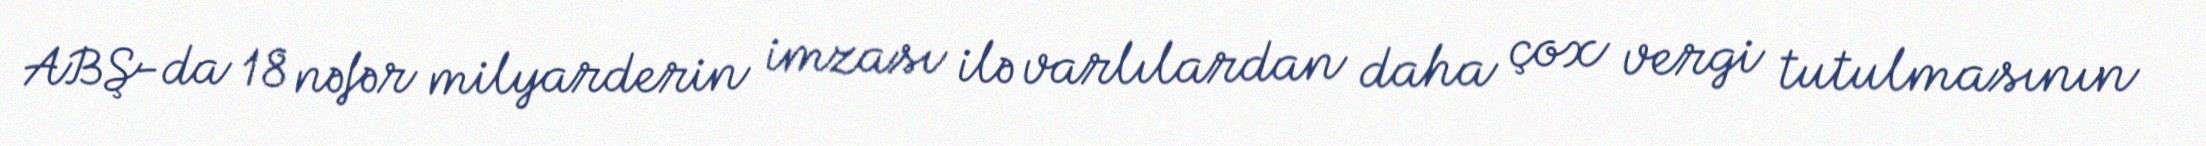
ABŞ-da 18 nəfər milyarderin imzası ilə varlılardan daha çox vergi tutulmasının